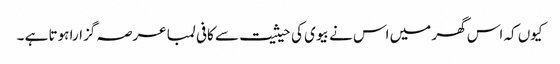
کیوں کہ اس گھر میں اس نے بیوی کی حیثیت سے کافی لمبا عرصہ گزارا ہوتا ہے ۔